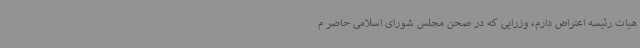
هیات رئیسه اعتراض دارم، وزرایی که در صحن مجلس شورای اسلامی حاضر م